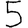
Digit: 5